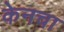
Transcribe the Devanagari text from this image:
केनचा